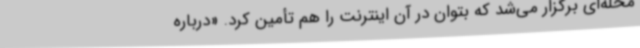
محله‌ای برگزار می‌شد که بتوان در آن اینترنت را هم تأمین کرد. «درباره